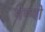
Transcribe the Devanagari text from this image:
मेम्यो